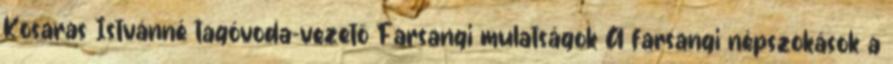
Kosaras Istvánné tagóvoda-vezető Farsangi mulatságok A farsangi népszokások a